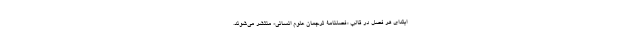
ابتدای هر فصل در قالب «فصلنامۀ ترجمان علوم انسانی» منتشر می‌شوند.